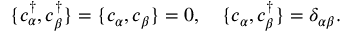
\{ c _ { \alpha } ^ { \dagger } , c _ { \beta } ^ { \dagger } \} = \{ c _ { \alpha } , c _ { \beta } \} = 0 , \quad \{ c _ { \alpha } , c _ { \beta } ^ { \dagger } \} = \delta _ { \alpha \beta } .